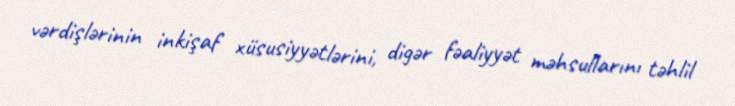
vərdişlərinin inkişaf xüsusiyyətlərini, digər fəaliyyət məhsullarını təhlil